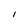
Character: I